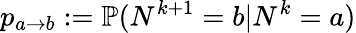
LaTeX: p_{a\to b}:=\mathbb{P}(N^{k+1}=b|N^{k}=a)